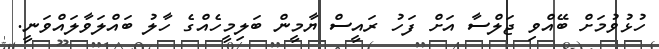
ހުޅުވުމަށް ބޭއްވި ޖަލްސާ އަށް ފަހު ރައީސް ޔާމީން ބަލިމީހެއްގެ ހާލު ބައްލަވާލައްވަނީ.